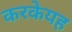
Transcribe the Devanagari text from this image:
करकेयह